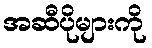
အဆီပိုများကို